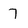
Character: 7